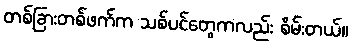
တစ်ခြားတစ်ဖက်က သစ်ပင်တွေကလည်း စိမ်းတယ်။